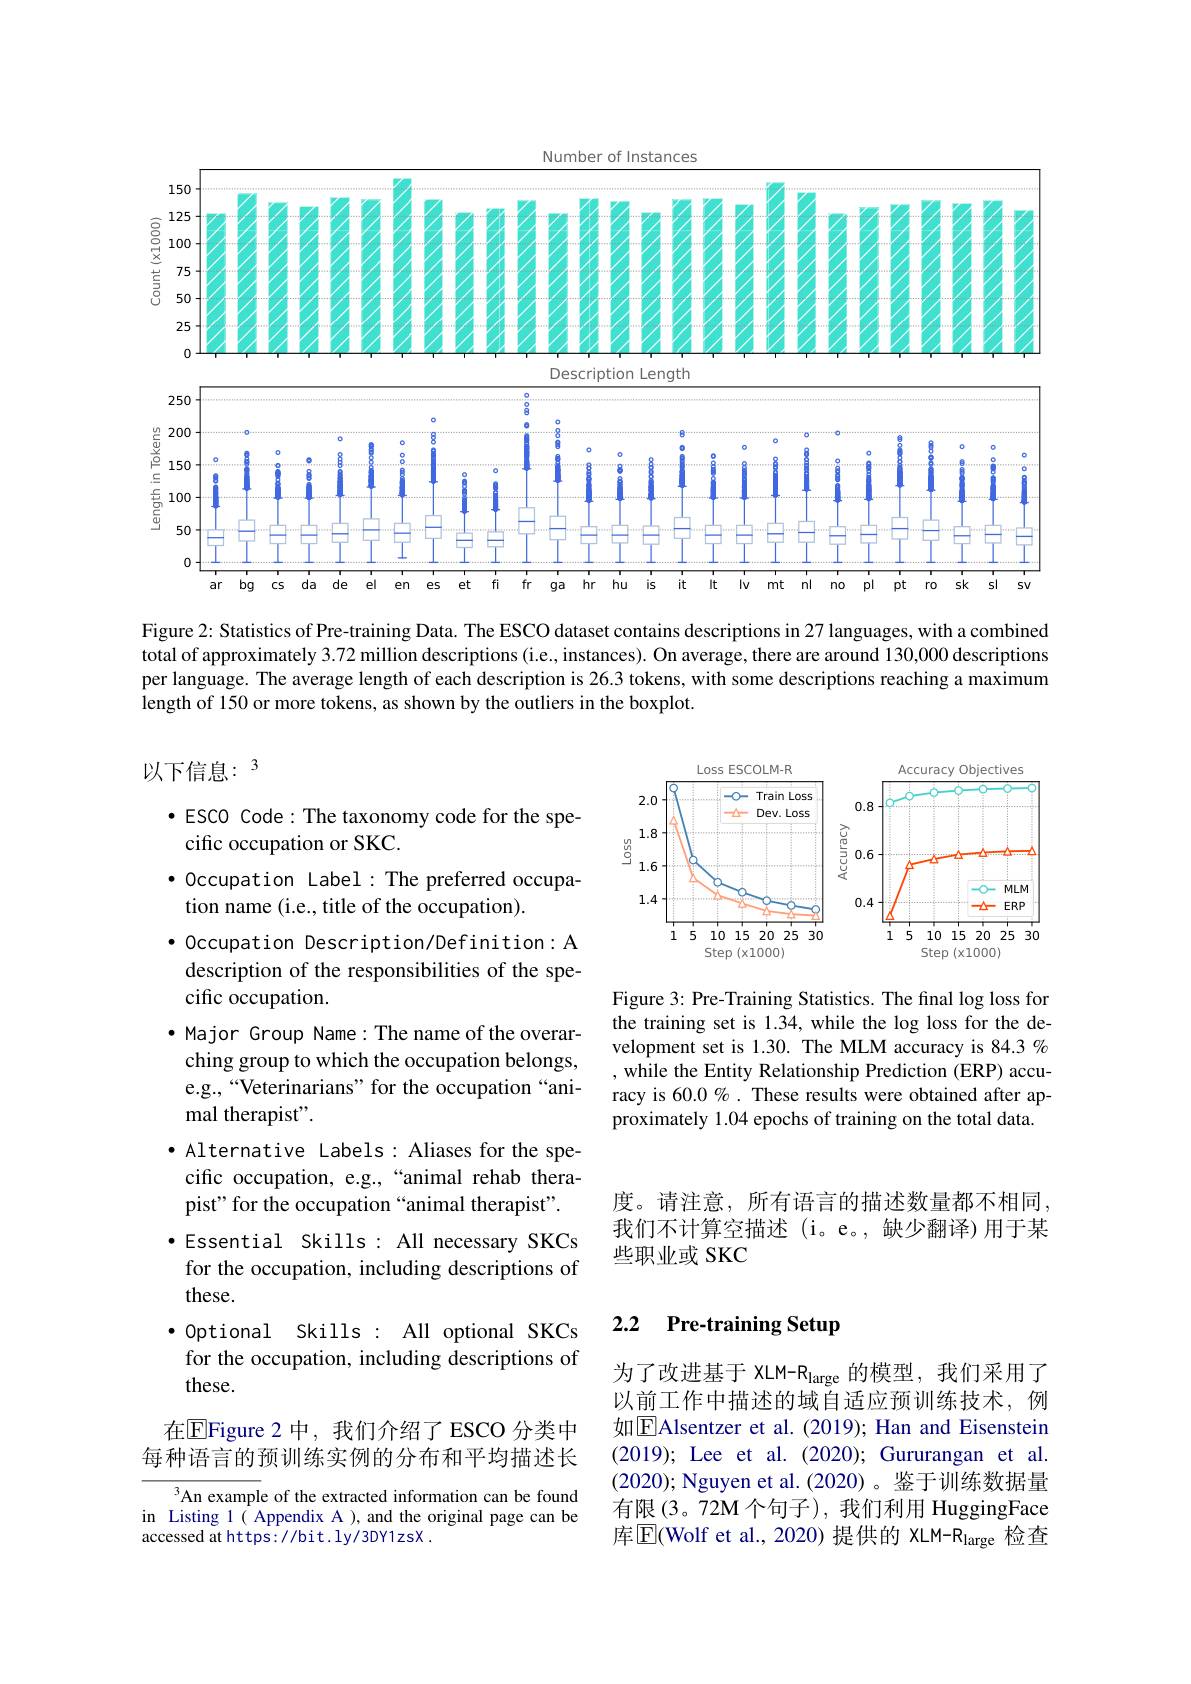
<FigureHere>

Figure 2: Statistics of Pre-training Data. The ESCO dataset contains descriptions in 27 languages, with a combined total of approximately 3.72 million descriptions (i.e., instances). On average, there are around 130,000 descriptions per language. The average length of each description is 26.3 tokens, with some descriptions reaching a maximum length of 150 or more tokens, as shown by the outliers in the boxplot.

以下信息：3

<FigureHere>

Figure 3: Pre-Training Statistics. The fnal log loss for the training set is 1.34, while the log loss for the development set is 1.30. The MLM accuracy is 84.3 % , while the Entity Relationship Prediction (ERP) accuracy is 60.0%. These results were obtained after approximately 1.04 epochs of training on the total data.

·ESCO Code: The taxonomy code for the spe-
cific occupation or SKC.
·0ccupation Label: The preferred occupa-
tion name (i.e., title of the occupation).
· Occupation Description/Definition: A description of the responsibilities of the specific occupation.
$\bullet$ Major Group Name:The name of the overarching group to which the occupation belongs, e.g.,“Veterinarians”for the occupation“animal therapist".
·Alternative Labels: Aliases for the spe-
cific occupation, e.g.,“animal rehab thera-
pist" for the occupation “animal therapist". ·Essential Skills: All necessary SKCs for the occupation, including descriptions of these.
·Optional Skills : All optional SKCs for the occupation, including descriptions of these.
在$\overline{\mathrm{E}}$Figure 2 中，我们介绍了 ESCO 分类中每种语言的预训练实例的分布和平均描述长
An example of the extracted information can be found in Listing 1( Appendix A ), and the original page can be accessed at https://bit.ly/3DY1zsX.

度。请注意，所有语言的描述数量都不相同， 我们不计算空描述(i。e。,缺少翻译)用于某些职业或 SKC

# 2.2 Pre-training Setup

为了改进基于 XLM-R$_\mathrm{large}$的模型，我们采用了以前工作中描述的域自适应预训练技术，例如$\boxed{\mathrm{F}}$Alsentzer et al.(2019); Han and Eisenstein (2019); Lee et al.(2020); Gururangan et al. (2020); Nguyen et al.(2020)。鉴于训练数据量有限(3。72M 个句子),我们利用 HuggingFace 库$\boxed{\mathrm{E} }($Wolf et al. , 2020) 提供的 XLM-R$_\mathrm{large}$ 检查